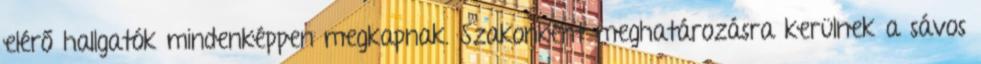
elérő hallgatók mindenképpen megkapnak. Szakonként meghatározásra kerülnek a sávos